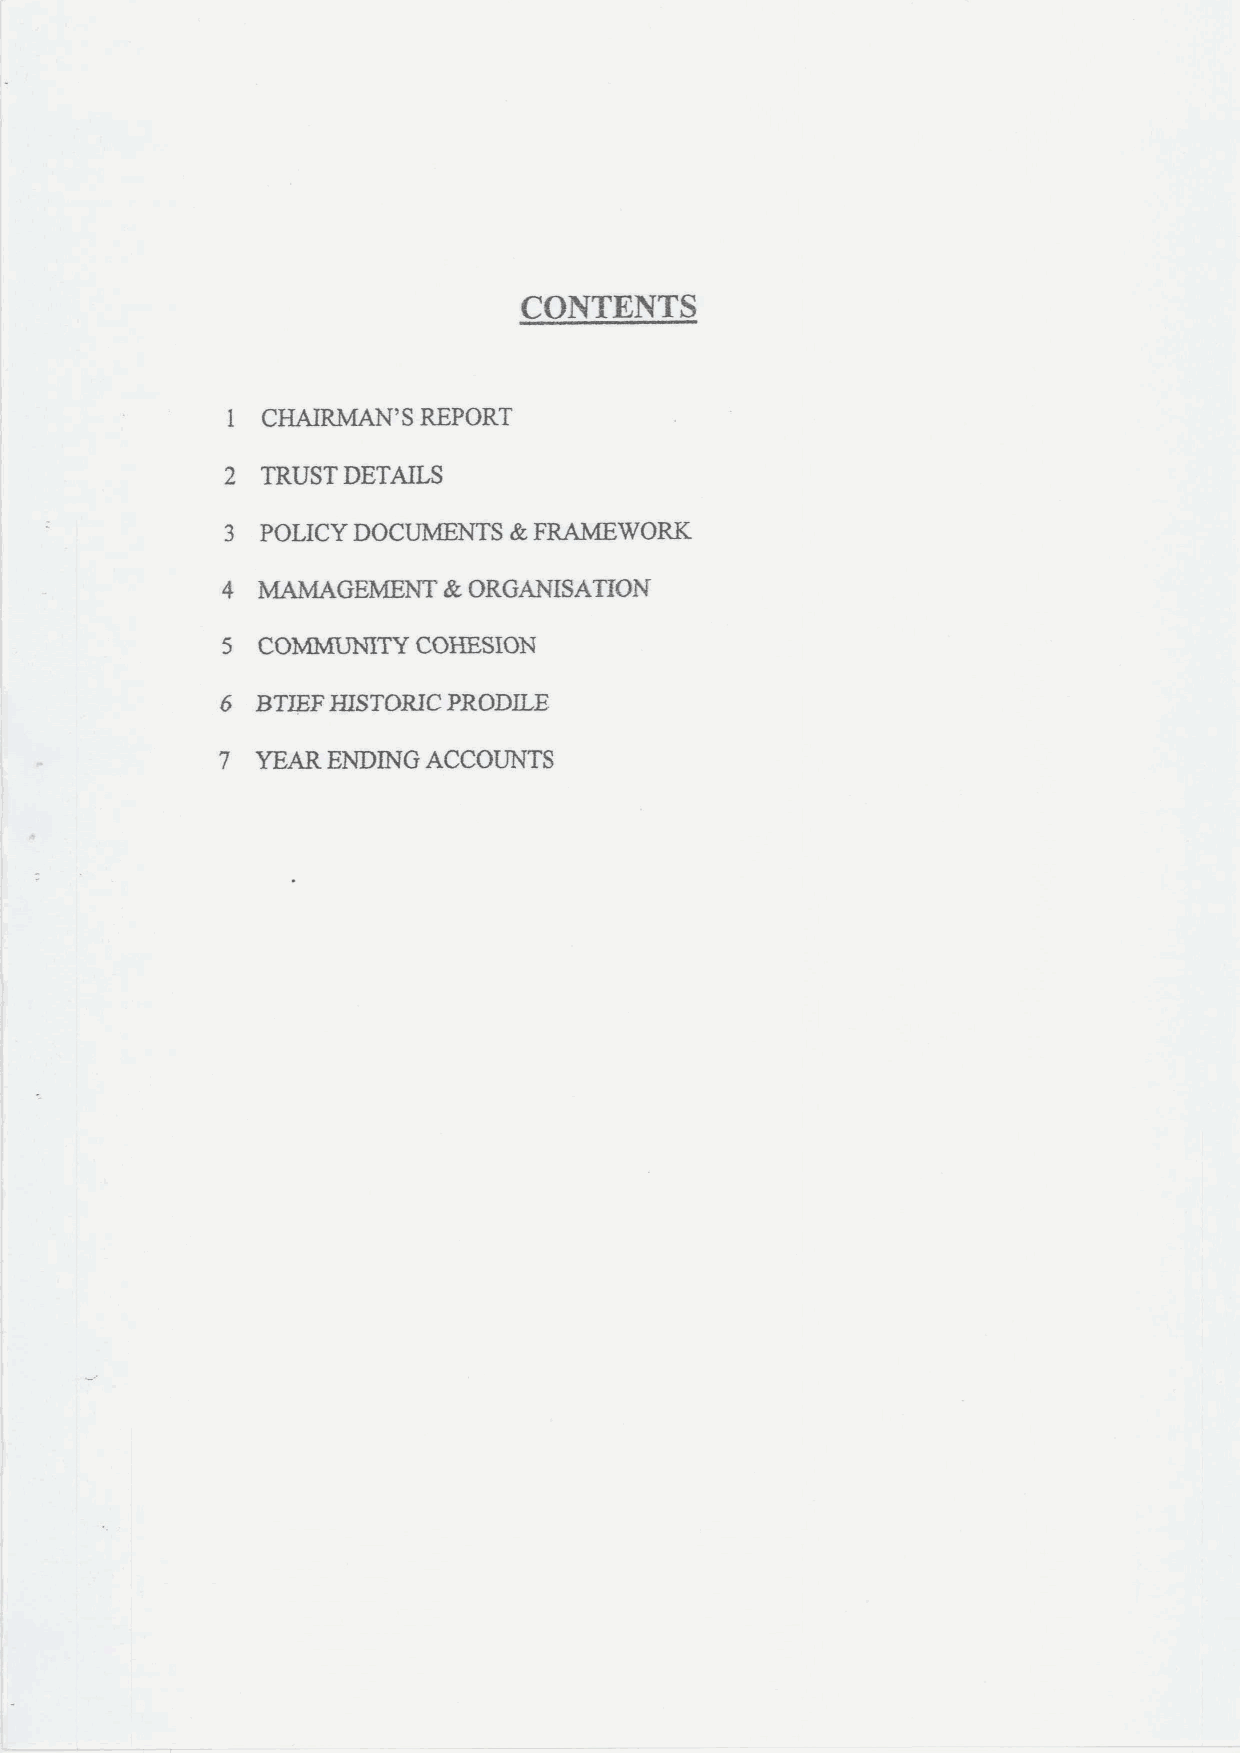
CONTENTS
 I CHAIRMAN'S REPORT
 2 TRUST DETAILS
 k
 3 POLICY DOCUMENTS  FRAMEWORK
 4 MAMAGEMENT  k.ORGANISATION
 5 COMMtUNITY COHESION
 6 BTJEFHISTORIC PRODILE
 7  YEAR ENDING ACCOUNTS